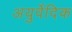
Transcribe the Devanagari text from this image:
अयुर्वेदिक